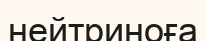
нейтриноға